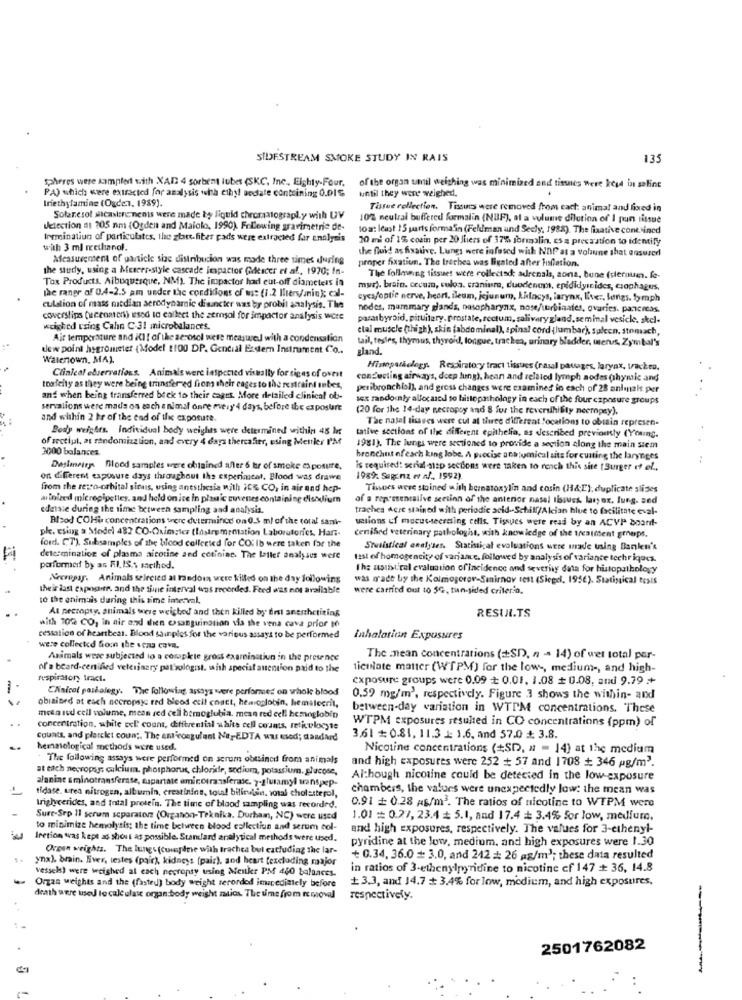
SIDESTREAM SMOKE STUDY IN RAIS
135
Spheres were samplet with XAD 4 sorbent lubes (SKC, Inc ., Eighty-Four, of the organ umil welthing was minimized and tissues were keyd in saline
until they were weighed.
PA) which were extracted for analysis with ethyl andate containing 0.01℃
Iriethylamine (Ogden, 1939).
Tissue cellection. Tissues were removed from each animal and fixed in
Solaresol scalare nenis were made by liquid chromatography with UV
10% neutral buffered formalin (NBF), al a volume dilution of I pun tissue
detection #1 205 nm (Ogden and Maiolo, 1990). Following gravimetric de-
toat least 15 parts formalin (Feldman und Secly, 1988). The fixative contined
Irrminatiun of particulates, the start.fiter pads were extracted far enalysis
20 mi of 1% corin per 20 Jiiers of 37% formalin. es a precaution to identify
with 3 ml methanol.
the fluid as fisauve. Lungs were infused with NDP at a volaune shat ensurerl
Measurement of particle size distribucion was made three times during
proper fixation. The trachea was livated after Filiation.
the study, using a Mereer-style cascade impactor (descer et al ., 1970; In-
Tox Products. Albuquerque, NM). The impactor had cut-off diameters in
The following tissues were collected: adrenals, aona, bune (slerum. fe-
the range of 0.4-2.5 am under the conditions of us: (1.2 liters/anin); el-
mur). brain. cecum, culoa. cranium, duodenum, epididyrides, csophagus,
cycs/optic nerve, heart, ileum, jejunum, kafacys, larynx, live .. longs, lymph
culation of mass median aerodynamic disancter was by probit analysis. The
nodes, mammary glands, nasopharynx, nose/urbinates, ovaries. pancreas.
coverslips (cenaten) used to collect the zemsol for impactor analysis were
pararbyroid, pituitary. prostate, rectum, salivary gland.seminal vesicle. skel-
weighed using Cahn C-31 microbalances.
clal muscle (thigh), skin [abdominal), spinal cord {lumbar), spleen. stomach,
Air temperature and ill [ of the zerosel were measured with a condensation
tail, testes, thymus, thyroid, longue, trachea, urinary bladder, terus, Zymbal's
dew point hygrometer {Model 1100 DP. Gential Esdern Instrument Co ..
gland.
Walenown, MA).
Clinical ebservations. Animals were inspected visually for signs of ovest
Hisparaelegy. Respiratory tract tissues (nasal passages, larynx, trackro.
conducting airways, deep Jung), hean and related lymph nodes (hymic and
toafcity as they were being transfered from their cages to the restraint antes,
peribronchial), and gross changes were examines in each of 28 anlmaks per
and when being transferred beck to their cages. More detailed clinical ob-
sex randointy allocated to histopathology in each of the four czposure groups
...
servations were mads on each animal onre every 4 days, before the exposure
(20 for the 14-day necropoy and 8 for the reversihifity neeropsy).
and within 2 hr of the end of the exposure.
The natal tisaves were cut at three different locations to obtain represen-
Body weights. Individual body weights were determined within 48 h
tative sections of Ilg different epithelia, as described previously (Young.
of sectijat, at randomiaztion, and every 4 days thereafter, using Menler I'M
3000 balances.
1981). The lungs were sectioned to provide a section along the main stem
bronchit of each king lobe. A precise ans tumical sits for cutting the larynges
Daslineirg. Blood samples were obtained afler 6 tor of smoke exposure,
is required: serial -step sections were taken to rench this site [Burger ef el .,
on different exposure days throughout the experiment, Blood was drawe
1989. Sage na er af. 1992).
from the retro-orbital simus, using anesthesia with ICE CO, in air and hep-
Thoes were stained with bernatoxylin and cosin (H&E), duplicate slides
al inized micropipetles, and held on ice in plastic euvenses containing disodium
of a representative section of the anterior nasel tissues, lawyer, Jung. sed
edeisie during the time between sampling and analysis.
trachea Acre stained with periodic acid -- Schill/Alcian blue to facilitate eval-
Blood COHis concentrations were determince on 0.5 ml of the total sant-
wtions of mucussecrating cells. Tissues were read by an ACVP board-
ple. csing a Model 482 CO-Oximeter (lastrememation Laboratories, Han-
cenified veterinary pathologist, with knowledge of the treatment groups.
ford. CT). Subsamples of the blood collected for CO: Ib were taken for the
Statistical analyses. Statistical evaluations were made using Banlen's
determination of plasma aicotine and cotining. The laller analyses were
test of homogencity of variante, followed by analysis of variante techriques.
performed by as R.I. IS.s method.
the assistirel evaluation ofincidence and severity data for histopathology
Necropay. Animals selected at random were killed on the day following
was made by the Kolmogoror-Sinirnov test (Siegel, 195€). Statistical tests
their last capochte. and the time interval was recorded. Feed was not avaliable
were carried out to 5G, tun-sided criterio.
10 the animals during this time interval,
At pecropty, animals were weisbed and then killed by erst anesthetizing
RESULTS
with 700 CO, in air and dien exsanguination sia the vena cava prior to
cestation of heartbeat. Blood sainpies for the various assays to be performed
Inhalation Exposures
were collected Sioon the seas cova.
Animals were subjected to a corapkie gross examination in the presence
The mean concentrations (SD), n - 14) of wet total per-
of a beard-cenified veterinary patrologist, with special anention paid to the
ticulate matter (W'TPM) for the low -, medium -, and high-
respiratory tract.
exposure groups were 0.09 + 0.01. 1.08 + 0.08, and 9.79 +
CAnicol parialegy. The following assays were performed on whok blood
0.59 mg/m', respectively. Figure 3 shows the within- and
obrained at each necropsyc red blood ccil coatt, hemoglobin, hematocrit,
between-day variation in WTPM concentrations. These
mon ied cell volume, mean red cell btmoglubia. mean red cell hemoglobin
concentration, white Exl count, differential whits cell counts, retkulocyte
WTPM exposures resulted in CO concentrations (ppm) of
Counts, and plercket coun ;. The anticoagulant Na,EDTA wu used; dandard
3.61 + 0.81. 11.3 J: 1.6, and 57.0 # 3.8.
hematological methods were used.
Nicotine concentrations (+SD, a = 14) at the medium
The following assays were performed on scrum obtained from animals
at each necropsy: calcium, phosphorus, chloride, sodium, potassium. glucose,
and high exposures were 252 + 57 and 1708 + 346 pg/m3.
Although nicotine could be detected in the low-exposure
tidase, urea nitrogen, albumin, creatinina, tou! bilinen. total cholesterol,
alanine aminotransferase, suspartate aminotransferase. y-glutamyl sanspep-
chambers, the values were unexpectedly low: the mean was
0.91 + 0.28 AS/m2. The ratios of nicotine to WTPM were
triglycerides, and Intal protein. The time of blood sampling was recorded.
Sure-Sep 11 scrum separator (Organon-Teknika. Durham, NC) were used
1.01 = 0.27, 23.4 # 5.1, and 17.4 + 3.4% for low, medium,
to minimize hemolysis; the time between blood collectiun and serum col-
and high exposures, respectively. The values for 3-ethenyl-
lection was kept as shout as possible. Standard analytical methods were used.
pyridine at the low, medium, and high exposures were 1.30
Organ weights. The lungs (cumple with trachea bul excluding the lar-
ynx). brain. Ever, testes (pair), kidneys (pair), and heart texcluding major
+ 0.34, 36.0 = 3.0, and 242 # 26 ag/m3; these data resulted
vessels) were weighed al cach necropty using Menkr PM 450 taluaces.
in ratios of 3-ethenylpyridine to nicotine cf 147 + 36, 14.8
+3.3, and 14,7 # 3.4% for low, medium, and high exposures,
Orgas weights and the (fasted) body weight recorded immediately before
death were used to calculate organ body weight mics. The ume from removal
respectively.
2501762082